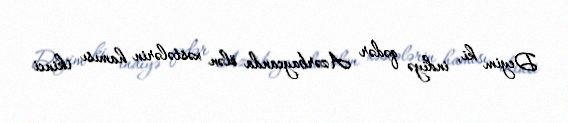
Deyim ki, indiyə qədər Azərbaycanda ölən xəstələrin hamısı ikinci